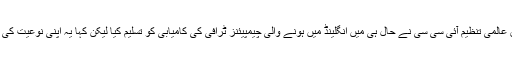
کرکٹ سے متعلق عالمی تنظیم آئی سی سی نے حال ہی میں انگلینڈ میں ہونے والی چیمپیئنز ٹرافی کی کامیابی کو تسلیم کیا لیکن کہا یہ اپنی نوعیت کی آخری ٹرافی تھی۔